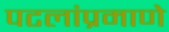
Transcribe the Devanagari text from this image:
पटलांप्रमाणे